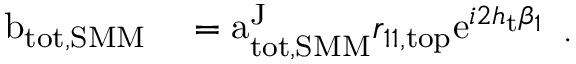
\begin{array} { r l } { \mathrm { b } _ { \mathrm { t o t , S M M } } } & { { } = \mathrm { a } _ { \mathrm { t o t , S M M } } ^ { \mathrm { J } } r _ { 1 1 , \mathrm { t o p } } \mathrm { e } ^ { i 2 h _ { \mathrm { t } } \beta _ { 1 } } } \end{array} .